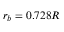
r _ { b } = 0 . 7 2 8 R